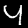
Label: 4